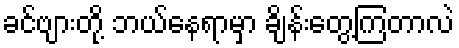
ခင်ဗျားတို့ ဘယ်နေရာမှာ ချိန်းတွေ့ကြတာလဲ